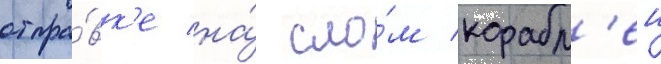
отпра́вк'е на́ сло́м корабл'еи